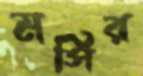
মসির